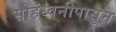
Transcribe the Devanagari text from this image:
सोहंध्वनीपासून